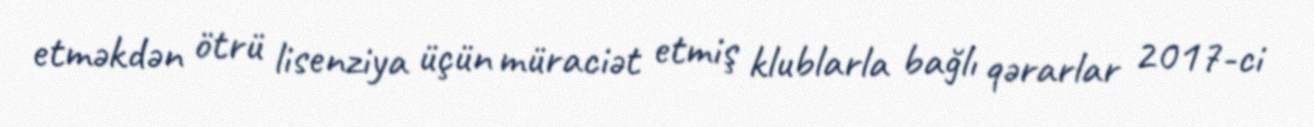
etməkdən ötrü lisenziya üçün müraciət etmiş klublarla bağlı qərarlar 2017-ci